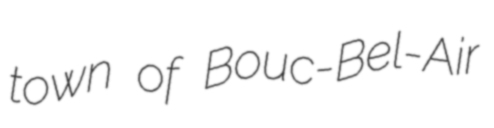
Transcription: town of Bouc-Bel-Air